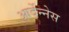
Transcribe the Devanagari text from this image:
आर्देन्नेस